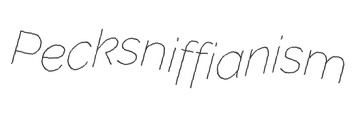
Pecksniffianism